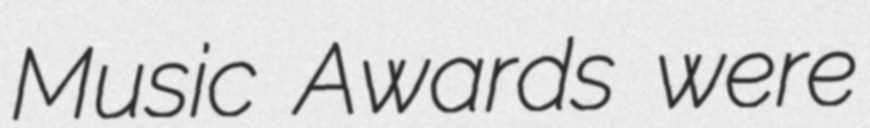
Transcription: Music Awards were